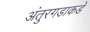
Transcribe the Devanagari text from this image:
अंतुरगडाकडे